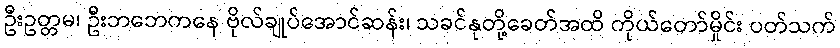
ဦးဥတ္တမ၊ ဦးဘဘေကနေ ဗိုလ်ချုပ်အောင်ဆန်း၊ သခင်နုတို့ခေတ်အထိ ကိုယ်တော်မှိုင်း ပတ်သက်